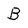
Character: B